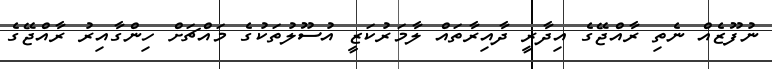
ނުފޫޒެއް ނެތި ރާއްޖޭގެ އިދާރީ ދާއިރާތައް ލާމަރުކަޒީ އުސޫލުތަކުގެ މައްޗަށް ހިންގާއިރު ރާއްޖޭގެ